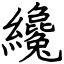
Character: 纔